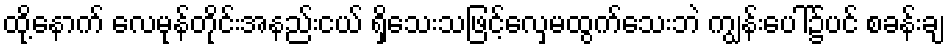
ထို့နောက် လေမုန်တိုင်းအနည်းငယ် ရှိသေးသဖြင့်လှေမထွက်သေးဘဲ ကျွန်းပေါ်၌ပင် စခန်းချ